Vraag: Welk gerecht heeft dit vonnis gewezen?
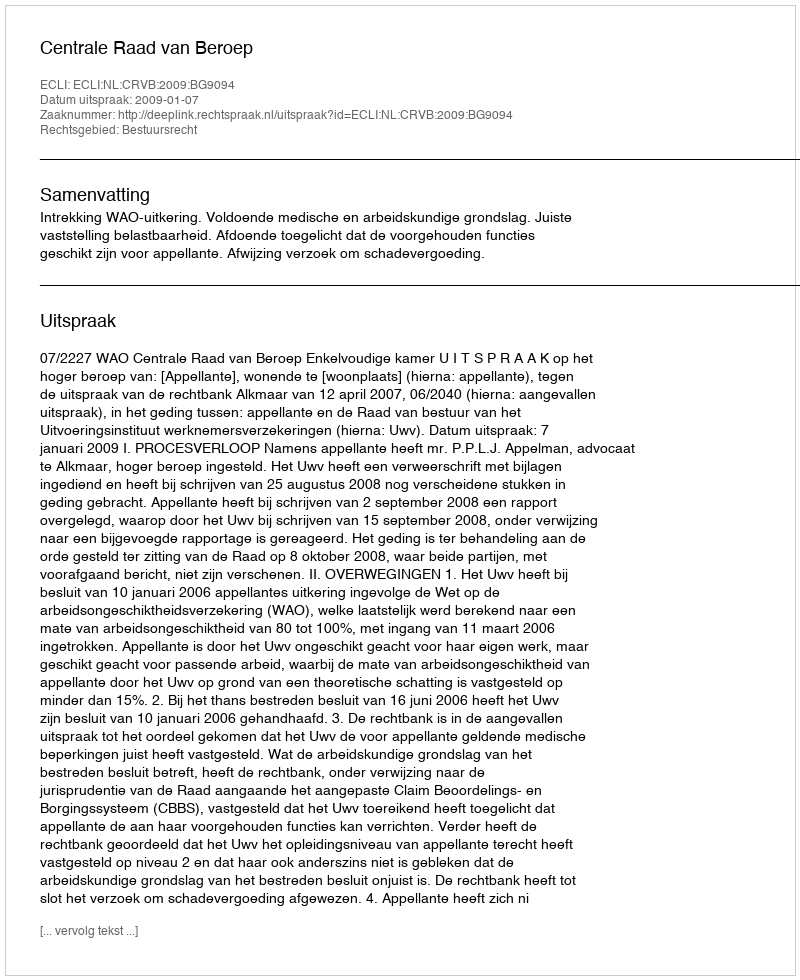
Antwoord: Centrale Raad van Beroep